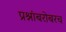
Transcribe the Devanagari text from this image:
प्रश्नांबरोबरच